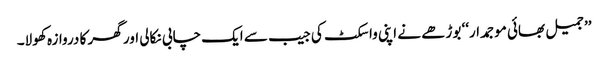
’’جمیل بھائی موجمدار‘‘ بوڑھے نے اپنی واسکٹ کی جیب سے ایک چابی نکالی اور گھر کا دروازہ کھولا۔